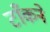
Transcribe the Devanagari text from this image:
टाँकने